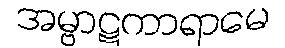
အမ္ဗာဋကာရာမေ